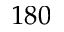
1 8 0